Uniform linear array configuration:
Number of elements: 12
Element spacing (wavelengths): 0.25
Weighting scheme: exponential
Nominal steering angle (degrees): -45
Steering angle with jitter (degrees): -46.327
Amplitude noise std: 0.05
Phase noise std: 0.05

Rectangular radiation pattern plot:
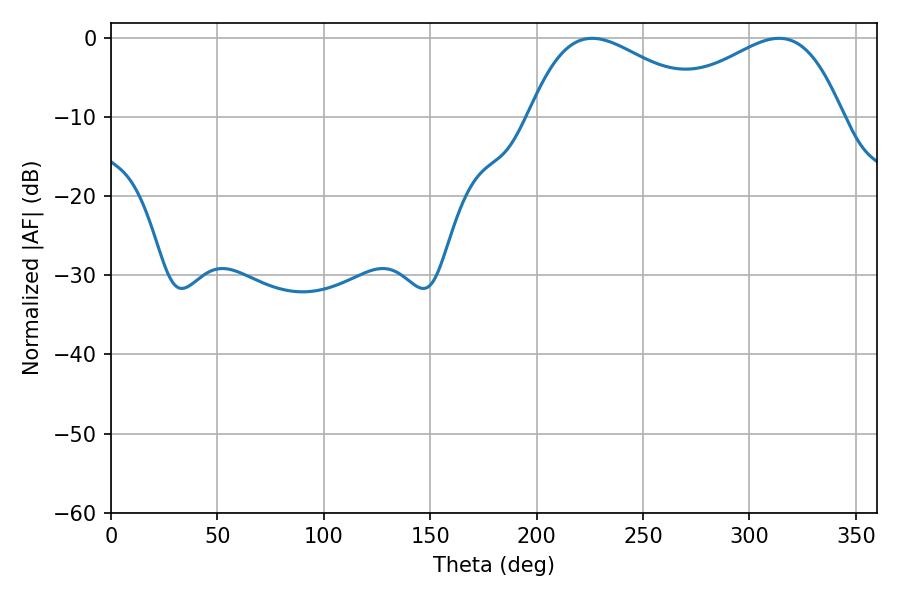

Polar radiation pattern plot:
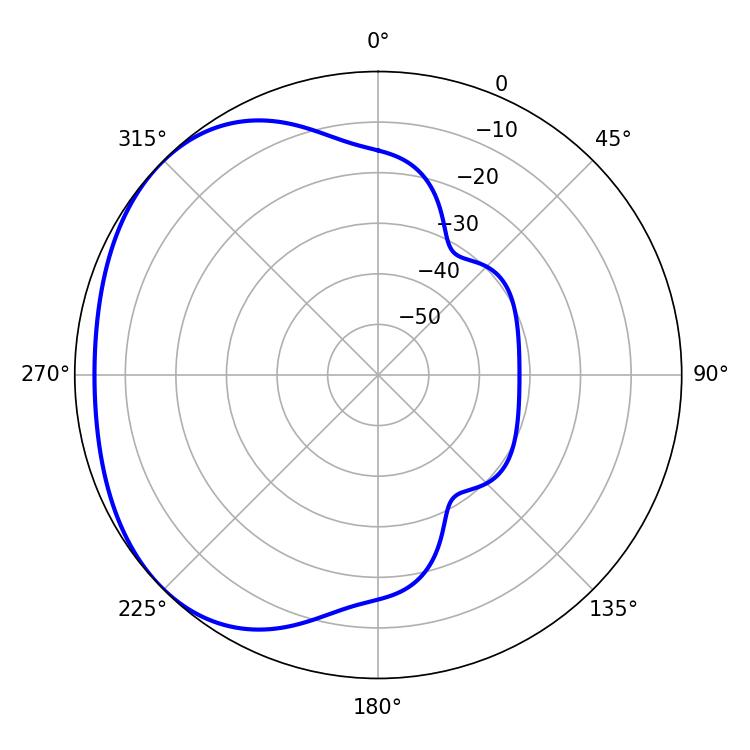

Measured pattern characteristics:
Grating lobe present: FALSE
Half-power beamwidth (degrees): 46.08
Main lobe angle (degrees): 313.92